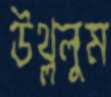
উথ্‌ললুম